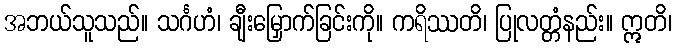
အဘယ်သူသည်။ သင်္ဂဟံ၊ ချီးမြှောက်ခြင်းကို။ ကရိဿတိ၊ ပြုလတ္တံနည်း။ ဣတိ၊